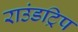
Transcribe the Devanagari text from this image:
राउंडट्रिप